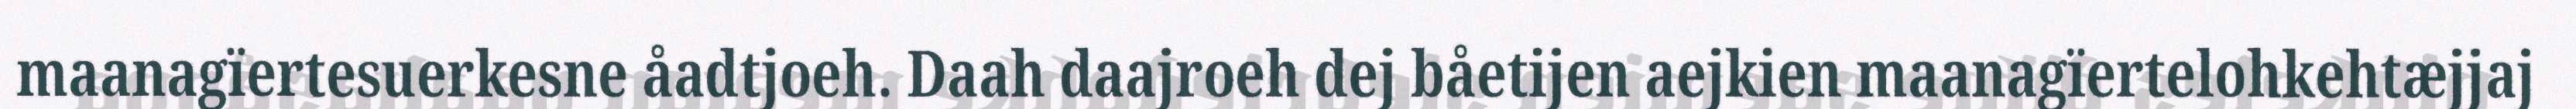
maanagïertesuerkesne åadtjoeh. Daah daajroeh dej båetijen aejkien maanagïertelohkehtæjjaj